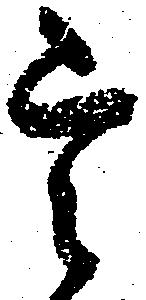
定